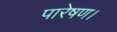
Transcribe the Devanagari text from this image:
पारेषण।